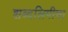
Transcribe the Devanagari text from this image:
शब्दलिपीचा